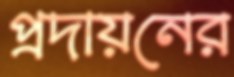
প্রদায়নের